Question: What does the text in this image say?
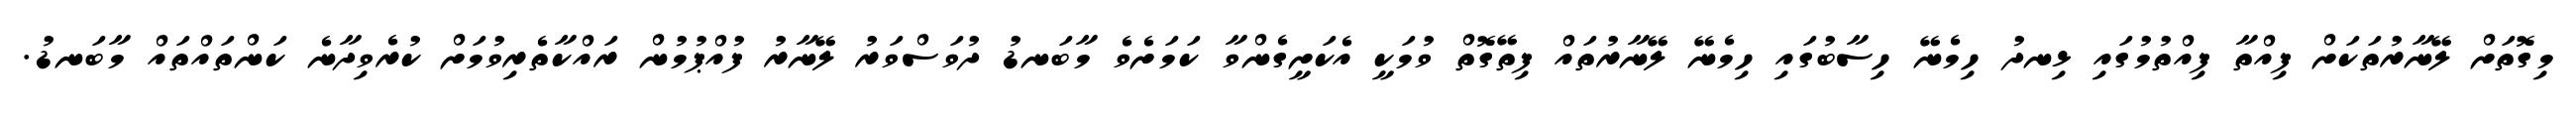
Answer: މިގޮތަށް ލޭނާރުތަކަށް ފިއްތާ ފިއްތުމުގައި ޅިނދު ހިމެނޭ ހިސާބުގައި ހިމެނޭ ލޭނާރުތައް ފިތޭގޮތް ވުމަކީ އެކަށީގެންވާ ކަމަށެވެ މާބަނޑު ދުވަސްވަރު ލޭނާރު ފުއްޕުމުން ރައްކާތެރިވުމަށް ކުރެވިދާނެ ކަންތައްތައް މާބަނޑު.